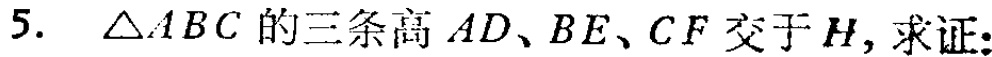
5.  \(\triangle ABC\) 的三条高 \(AD、BE、CF\) 交于 \(H\)，求证: